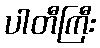
ပါတီကြီး